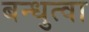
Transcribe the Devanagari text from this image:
बन्धुत्वा